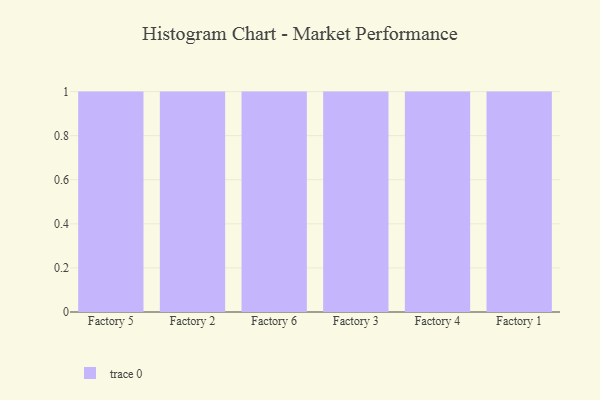
{"axis": {"x": "Factory", "y": "Net Income (USD K)"}, "legend": [""], "data": [{"x": "Factory 5", "y": 6, "type": ""}, {"x": "Factory 2", "y": 72, "type": ""}, {"x": "Factory 6", "y": 50, "type": ""}, {"x": "Factory 3", "y": 78, "type": ""}, {"x": "Factory 4", "y": 39, "type": ""}, {"x": "Factory 1", "y": 47, "type": ""}]}